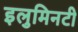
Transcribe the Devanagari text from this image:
इलुमिनटी